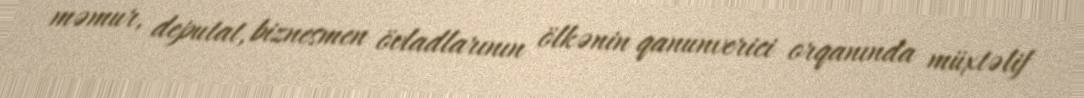
məmur, deputat, biznesmen övladlarının ölkənin qanunverici orqanında müxtəlif